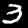
Digit: 3